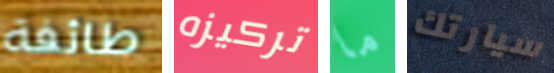
طائفة تركيزه ما سيارتك